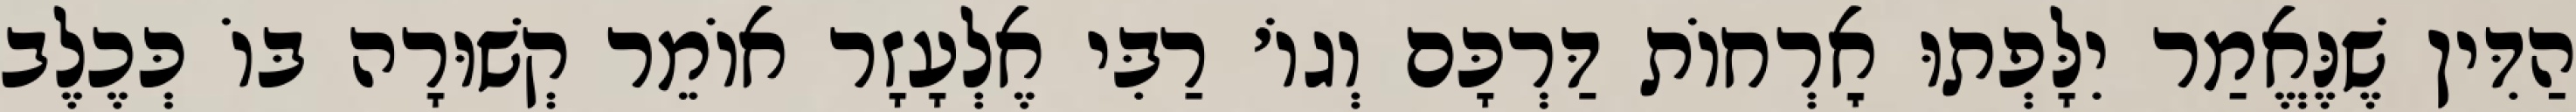
הַדִּין שֶׁנֶּאֱמַר יִלָּפְתוּ אׇרְחוֹת דַּרְכָּם וְגוֹ׳ רַבִּי אֶלְעָזָר אוֹמֵר קְשׁוּרָה בּוֹ כְּכֶלֶב